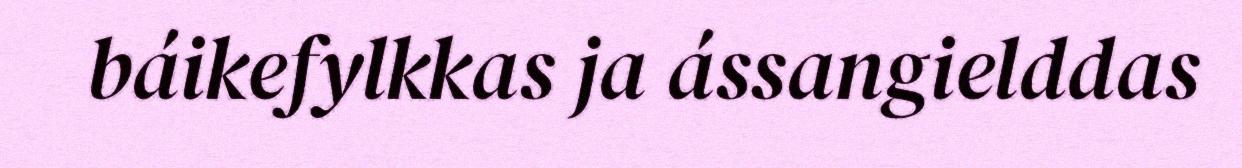
báikefylkkas ja ássangielddas